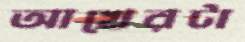
আখেরটা